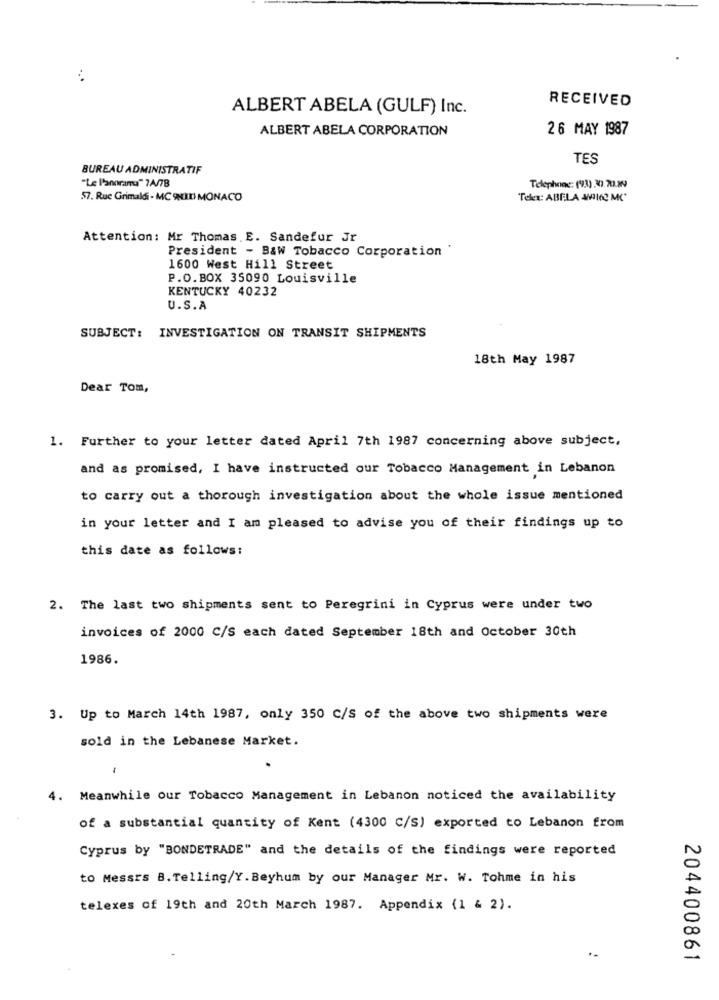
RECEIVED
ALBERT ABELA (GULF) Inc.
ALBERT ABELA CORPORATION
26 MAY 1987
TES
BUREAU ADMINISTRATIF
"Le Panorama" 7A/78
Telephone: (93) 30.70.W
57. Ruc Grimaldi - MC 9HID MONACO
Telex: ABELA AMI163 MC
Attention: Mr Thomas. E. Sandefur Jr
President - B&w Tobacco Corporation "
1600 West Hill Street
P.O.BOX 35090 Louisville
KENTUCKY 40232
U.S.A
SUBJECT: INVESTIGATION ON TRANSIT SHIPMENTS
18th May 1987
Dear Tom,
1. Further to your letter dated April 7th 1987 concerning above subject,
and as promised, I have instructed our Tobacco Management in Lebanon
to carry out a thorough investigation about the whole issue mentioned
in your letter and I am pleased to advise you of their findings up to
this date as follows:
2. The last two shipments sent to Peregrini in Cyprus were under two
invoices of 2000 C/S each dated September 18th and October 30th
1986.
3. Up to March 14th 1987, only 350 C/S of the above two shipments were
sold in the Lebanese Market.
-
4. Meanwhile our Tobacco Management in Lebanon noticed the availability
of a substantial quantity of Kent (4300 C/S) exported to Lebanon from
Cyprus by "BONDETRADE" and the details of the findings were reported
to Messrs B. Telling/Y. Beyhum by our Manager Mr. W. Tohme in his
telexes of 19th and 20th March 1987. Appendix (1 & 2).
204400861